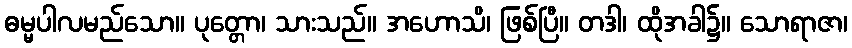
ဓမ္မပါလမည်သော။ ပုတ္တော၊ သားသည်။ အဟောသိ၊ ဖြစ်ပြီ။ တဒါ၊ ထိုအခါ၌။ သောရာဇာ၊